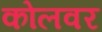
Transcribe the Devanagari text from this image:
कोलवर